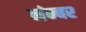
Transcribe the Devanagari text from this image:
नंम्बर